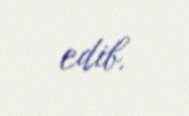
edib.